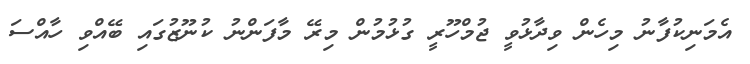
އެމަނިކުފާނު މިހެން ވިދާޅުވީ ޖުމްހޫރީ ގުޅުމުން މިރޭ މާފަންނު ކުނޫޒުގައި ބޭއްވި ހާއްސަ